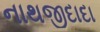
નાથજીદાદા